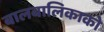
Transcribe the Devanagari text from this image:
बालबालिकाको